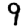
Digit: 9